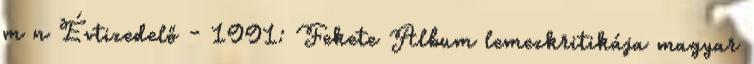
m n Évtizedelő - 1991: Fekete Album lemezkritikája magyar